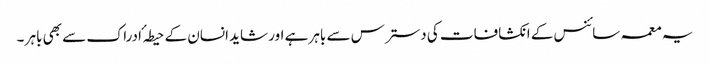
یہ معمہ سائنس کے انکشافات کی دسترس سے باہر ہے اور شاید انسان کے حیطہ ٴ ادراک سے بھی باہر ۔